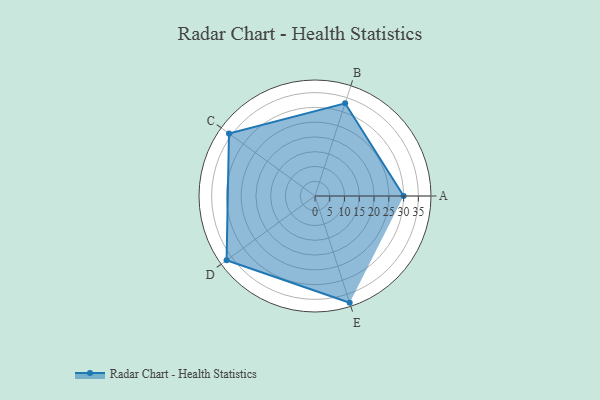
{"axis": {"x": "Skill", "y": "Score"}, "legend": ["Profile"], "data": [{"x": "A", "y": 30.0, "type": "Profile"}, {"x": "B", "y": 33.0, "type": "Profile"}, {"x": "C", "y": 36.0, "type": "Profile"}, {"x": "D", "y": 37.0, "type": "Profile"}, {"x": "E", "y": 38.0, "type": "Profile"}]}